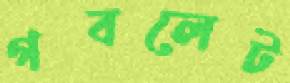
গবলেট